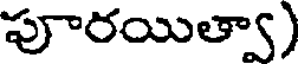
పూరయిత్వా)